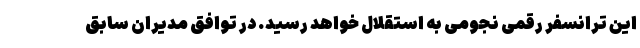
این ترانسفر رقمی نجومی به استقلال خواهد رسید. در توافق مدیران سابق